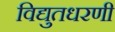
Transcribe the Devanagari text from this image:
विद्युतधरणी